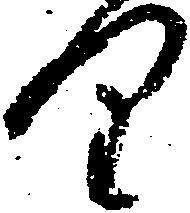
り